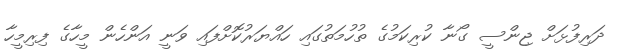
ދަރިފުޅަށް ޖިންސީ ގޯނާ ކުރިކަމުގެ ތުހުމަތުގައި ހައްޔަރުކޮށްފައިި ވަނީ އަންހެން މީހާގެ ފިރިމީހާ